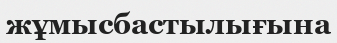
жұмысбастылығына